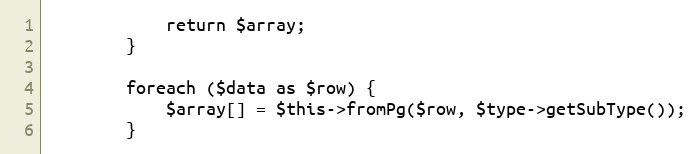
Language: PHP
            return $array;
        }

        foreach ($data as $row) {
            $array[] = $this->fromPg($row, $type->getSubType());
        }